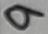
Text: 9